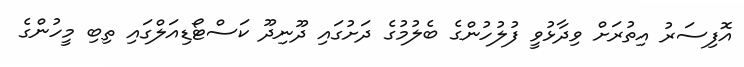
އޮފިސަރު އިތުރަށް ވިދާޅުވީ ފުލުހުންގެ ބެލުމުގެ ދަށުގައި ދޫނިދޫ ކަސްޓޯޑިއަލްގައި ތިބި މީހުންގެ